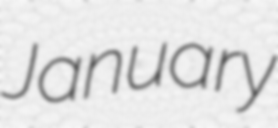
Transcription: January